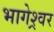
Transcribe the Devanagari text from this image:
भागेश्र्वर